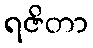
ရဇိတာ